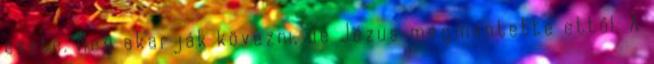
esete. Meg akarják kövezni, de Jézus megmentette ettől. A